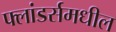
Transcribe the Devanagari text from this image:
फ्लांडर्समधील